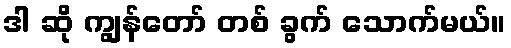
ဒါ ဆို ကျွန်တော် တစ် ခွက် သောက်မယ်။